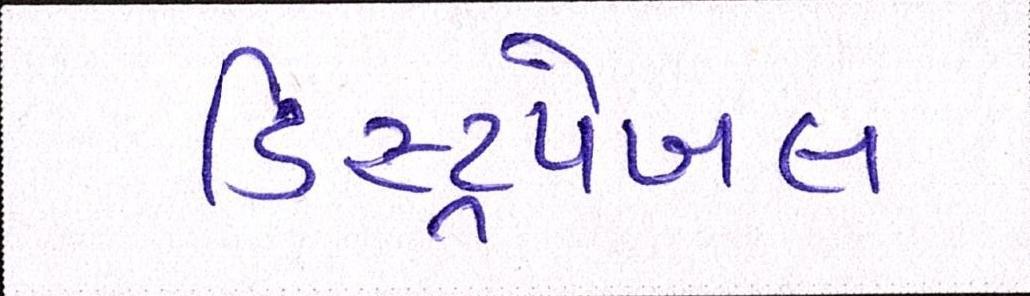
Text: ડિસ્ટ્રપેબલ